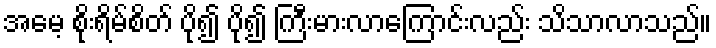
အမေ့ စိုးရိမ်စိတ် ပို၍ ပို၍ ကြီးမားလာကြောင်းလည်း သိသာလာသည်။